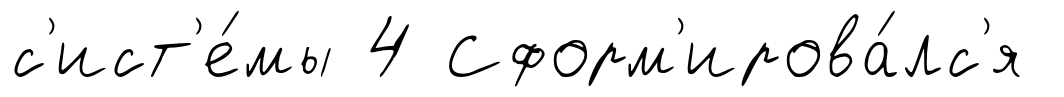
с'ист'е́мы 4 Сформ'ирова́лс'я